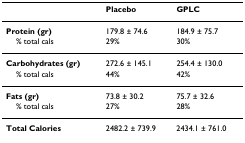
<table><thead><tr><td></td><td><b>Placebo</b></td><td><b>GPLC</b></td></tr></thead><tbody><tr><td><b>Protein (gr)</b></td><td>179.8 ± 74.6</td><td>184.9 ± 75.7</td></tr><tr><td> % total cals</td><td>29%</td><td>30%</td></tr><tr><td><b>Carbohydrates (gr)</b></td><td>272.6 ± 145.1</td><td>254.4 ± 130.0</td></tr><tr><td> % total cals</td><td>44%</td><td>42%</td></tr><tr><td><b>Fats (gr)</b></td><td>73.8 ± 30.2</td><td>75.7 ± 32.6</td></tr><tr><td> % total cals</td><td>27%</td><td>28%</td></tr><tr><td><b>Total Calories</b></td><td>2482.2 ± 739.9</td><td>2434.1 ± 761.0</td></tr></tbody></table>